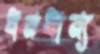
ধনধান্য